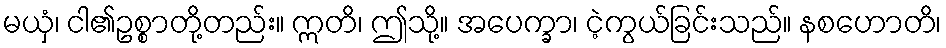
မယှံ၊ ငါ၏ဥစ္စာတို့တည်း။ ဣတိ၊ ဤသို့။ အပေက္ခာ၊ ငဲ့ကွယ်ခြင်းသည်။ နစဟောတိ၊